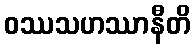
ဝဿသဟဿာနီတိ